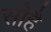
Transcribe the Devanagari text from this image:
सौहै